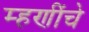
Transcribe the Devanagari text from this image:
म्हणींचे